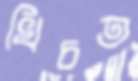
খিচত